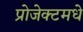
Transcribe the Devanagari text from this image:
प्रोजेक्टमधे